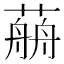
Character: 𦼎